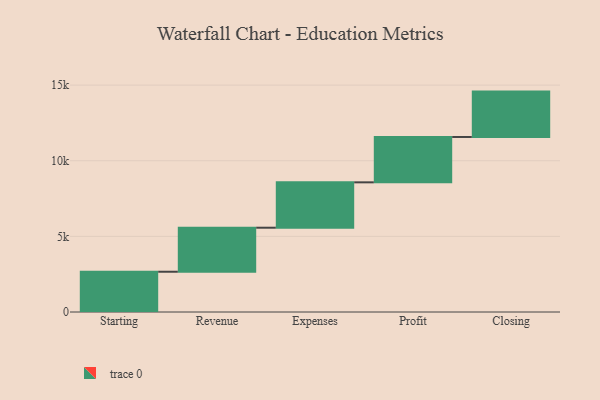
{"axis": {"x": "Step", "y": "Value"}, "legend": [""], "data": [{"x": "Starting", "y": 2662.0, "type": ""}, {"x": "Revenue", "y": 2911.0, "type": ""}, {"x": "Expenses", "y": 3000, "type": ""}, {"x": "Profit", "y": 3000, "type": ""}, {"x": "Closing", "y": 3000, "type": ""}]}